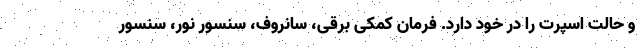
و حالت اسپرت را در خود دارد. فرمان کمکی برقی، سانروف، سنسور نور، سنسور